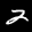
Label: 2